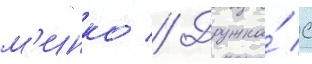
м'инко // Дружна́ с